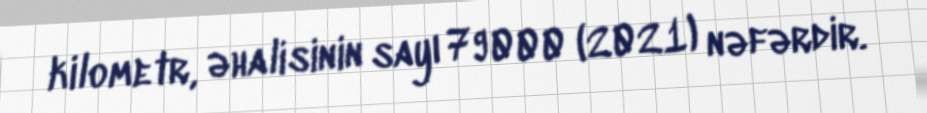
kilometr, əhalisinin sayı 79000 (2021) nəfərdir.